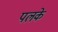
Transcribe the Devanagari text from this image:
पलके